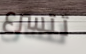
تتسرع